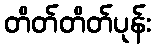
တိတ်တိတ်ပုန်း